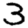
Digit: 3